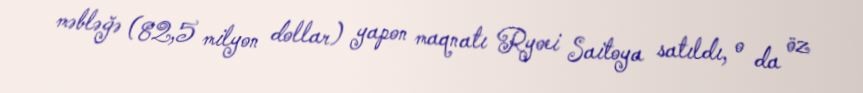
məbləğə (82,5 milyon dollar) yapon maqnatı Ryoei Saitoya satıldı, o da öz